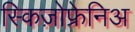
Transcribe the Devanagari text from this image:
स्किज़ोफ्रेनिअ